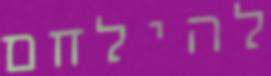
להילחם